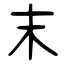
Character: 末